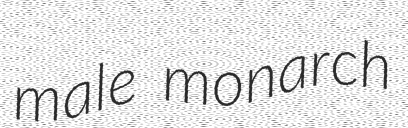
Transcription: male monarch